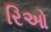
રિઓ